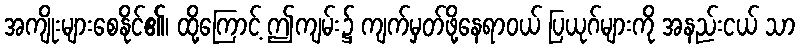
အကျိုးများစေနိုင်၏၊ ထို့ကြောင့် ဤကျမ်း၌ ကျက်မှတ်ဖို့နေရာဝယ် ပြယုဂ်များကို အနည်းငယ် သာ